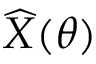
\widehat { X } ( \theta )